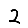
Digit: 2